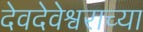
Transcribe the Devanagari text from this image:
देवदेवेश्वराच्या